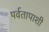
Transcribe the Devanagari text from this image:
पर्वतापाशी